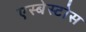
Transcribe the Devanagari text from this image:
एस्बेस्टोस